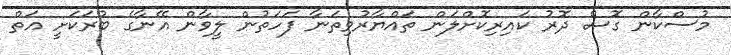
މުސްކާން ގޮސް ދޮރު ކައިރިކޮށްލަން ތައްޔާރުވިތަނާ ފަހަތުން ލީވާން އޭނާގެ ބުރަކަށީ އަތް